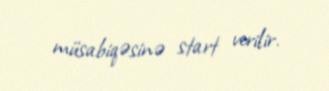
müsabiqəsinə start verilir.